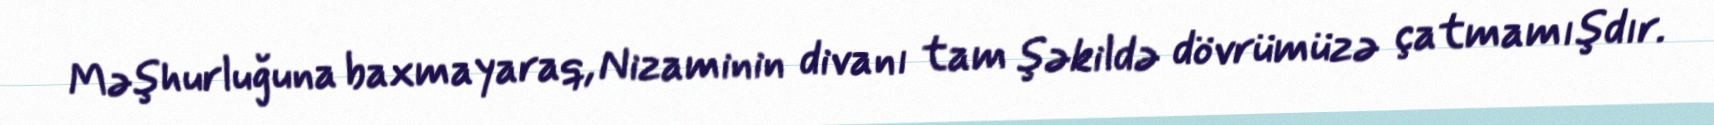
Məşhurluğuna baxmayaraq, Nizaminin divanı tam şəkildə dövrümüzə çatmamışdır.